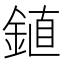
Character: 𫒦